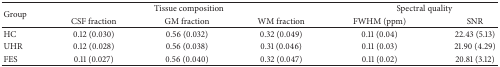
| <ROWSPAN=2> Group | <COLSPAN=3> Tissue composition | <COLSPAN=2> Spectral quality |
 | CSF fraction | GM fraction | WM fraction | FWHM (ppm) | SNR |
 | --- | --- | --- | --- | --- | --- |
 | HC | 0.12 (0.030) | 0.56 (0.032) | 0.32 (0.049) | 0.11 (0.04) | 22.43 (5.13) |
 | UHR | 0.12 (0.028) | 0.56 (0.038) | 0.31 (0.046) | 0.11 (0.03) | 21.90 (4.29) |
 | FES | 0.11 (0.027) | 0.56 (0.040) | 0.32 (0.047) | 0.11 (0.02) | 20.81 (3.12) |